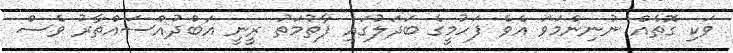
ވަކި ގޮތެއް ނުނިންމަވަ އެވެ ފަހުމީގެ ބަދަލުގައި ފާތުމަތު ރީނީ އަބްދުއްސައްތާރު ވެސް